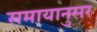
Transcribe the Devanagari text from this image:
समायानुसर